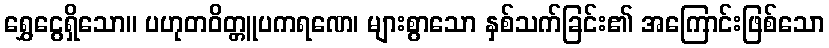
ရွှေငွေရှိသော။ ပဟုတဝိတ္တူပကရဏေ၊ များစွာသော နှစ်သက်ခြင်း၏ အကြောင်းဖြစ်သော